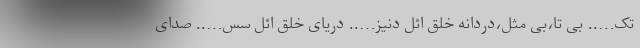
تک….. بی تا،بی مثل،دردانه خلق ائل دنیز….. دریای خلق ائل سس….. صدای